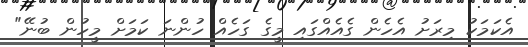
އެކަމަކު މިރަށު އެހެން ގެއެއްގައި މީގެ ގަހެއް ހުންނަ ކަމަށް މީހުން ބުނޭ"